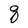
Character: q